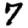
Digit: 7